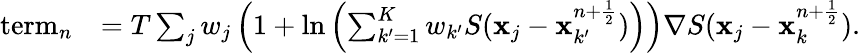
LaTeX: \begin{array}{rl}{\mathrm{term}_{n}}&{=T\sum_{j}w_{j}\left(1+\ln\left(\sum_{k^{\prime}=1}^{K}{w_{k^{\prime}}}S({{\mathbf x}}_{j}-{{\mathbf x}}_{k^{\prime}}^{n+\frac{1}{2}})\right)\right)\nabla S({{\mathbf x}}_{j}-{{\mathbf x}}_{k}^{n+\frac{1}{2}}).}\end{array}